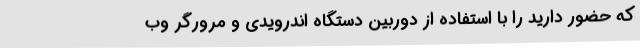
که حضور دارید را با استفاده از دوربین دستگاه اندرویدی و مرورگر وب